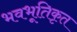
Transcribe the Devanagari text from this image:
भवभूतिकृत